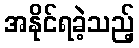
အနိုင်ရခဲ့သည့်